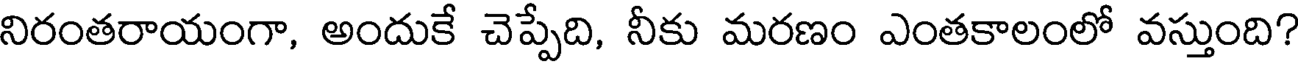
నిరంతరాయంగా, అందుకే చెప్పేది, నీకు మరణం ఎంతకాలంలో వస్తుంది?